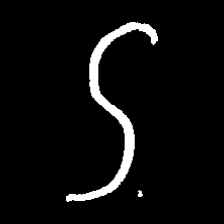
Pyu character \u2014 Myanmar letter: ဌ (romanized: ttha)